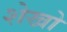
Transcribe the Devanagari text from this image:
शेखो